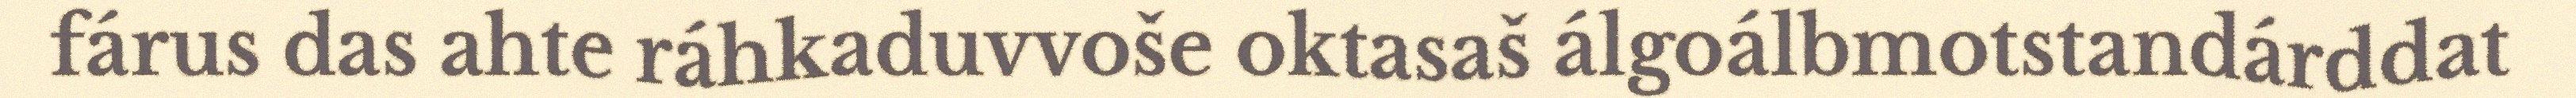
fárus das ahte ráhkaduvvoše oktasaš álgoálbmotstandárddat